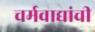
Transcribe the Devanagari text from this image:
चर्मवाद्यांची